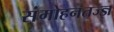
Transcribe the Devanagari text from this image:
संमोहनतज्‍ज्ञ